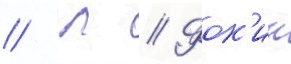
// Л // Фок'ин